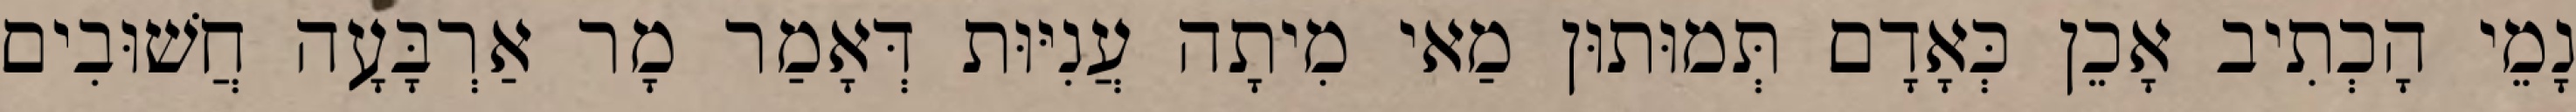
נָמֵי הָכְתִיב אָכֵן כְּאָדָם תְּמוּתוּן מַאי מִיתָה עֲנִיּוּת דְּאָמַר מָר אַרְבָּעָה חֲשׁוּבִים